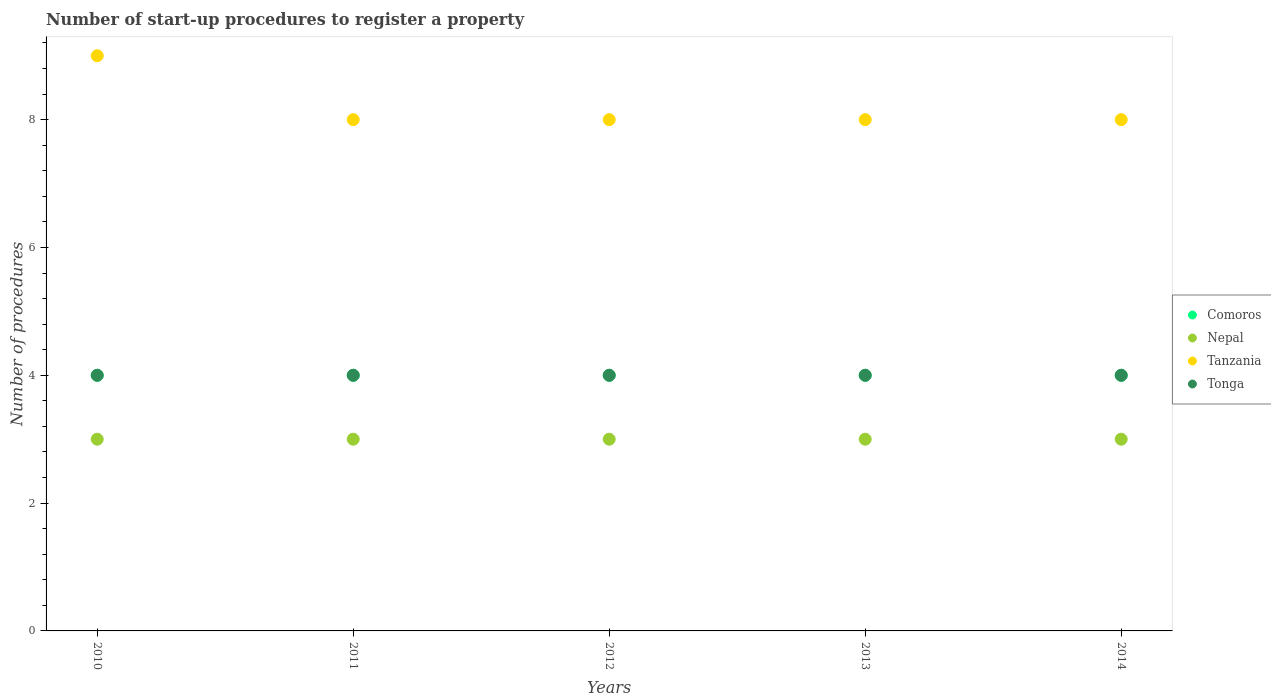
| Years | Comoros | Nepal | Tanzania | Tonga |
 | --- | --- | --- | --- | --- |
 | 2010 | 4 | 3 | 9 | 4 |
 | 2011 | 4 | 3 | 8 | 4 |
 | 2012 | 4 | 3 | 8 | 4 |
 | 2013 | 4 | 3 | 8 | 4 |
 | 2014 | 4 | 3 | 8 | 4 |